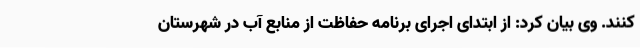
کنند. وی بیان کرد: از ابتدای اجرای برنامه حفاظت از منابع آب در شهرستان